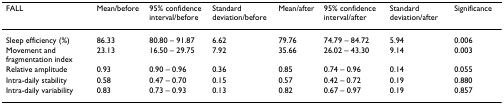
| FALL | Mean/before | 95% confidence interval/before | Standard deviation/before | Mean/after | 95% confidence interval/after | Standard deviation/after | Significance |
 | --- | --- | --- | --- | --- | --- | --- | --- |
 | Sleep efficiency (%) | 86.33 | 80.80 – 91.87 | 6.62 | 79.76 | 74.79 – 84.72 | 5.94 | 0.006 |
 | Movement and fragmentation index | 23.13 | 16.50 – 29.75 | 7.92 | 35.66 | 26.02 – 43.30 | 9.14 | 0.003 |
 | Relative amplitude | 0.93 | 0.90 – 0.96 | 0.36 | 0.85 | 0.74 – 0.96 | 0.14 | 0.055 |
 | Intra-daily stability | 0.58 | 0.47 – 0.70 | 0.15 | 0.57 | 0.42 – 0.72 | 0.19 | 0.880 |
 | Intra-daily variability | 0.83 | 0.73 – 0.93 | 0.13 | 0.82 | 0.67 – 0.97 | 0.19 | 0.857 |